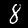
Label: 8